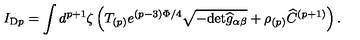
I _ { \mathrm { D } p } = \int d ^ { p + 1 } \zeta \left( T _ { ( p ) } e ^ { ( p - 3 ) \Phi / 4 } \sqrt { - \mathrm { d e t } { \widehat g } _ { \alpha \beta } } + \rho _ { ( p ) } \widehat C ^ { ( p + 1 ) } \right) .